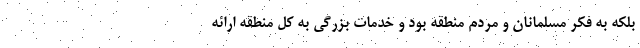
بلکه به فکر مسلمانان و مردم منطقه بود و خدمات بزرگی به کل منطقه ارائه